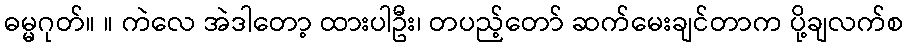
ဓမ္မဂုတ်။ ။ ကဲလေ အဲဒါတော့ ထားပါဦး၊ တပည့်တော် ဆက်မေးချင်တာက ပို့ချလက်စ